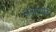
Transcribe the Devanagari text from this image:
आप्रायोरी